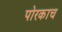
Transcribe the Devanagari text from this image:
पोरकाच